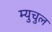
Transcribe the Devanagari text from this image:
म्युचुल